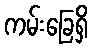
ကမ်းခြေရှိ